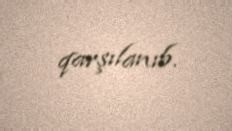
qarşılanıb.